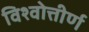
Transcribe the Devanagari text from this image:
विश्वोत्तीर्ण